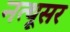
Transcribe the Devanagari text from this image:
नत्थूसर